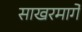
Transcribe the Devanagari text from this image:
साखरमार्गे